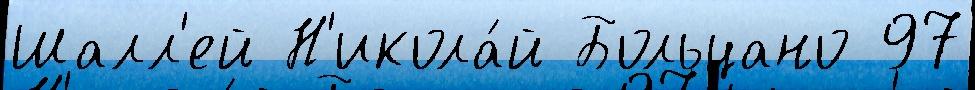
Шалл'ей Н'икола́й Больцано 97